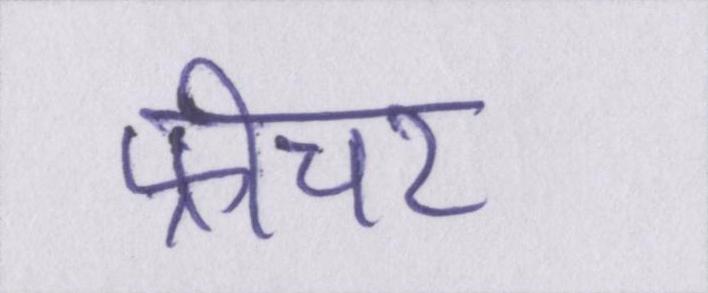
फ़ीचर